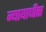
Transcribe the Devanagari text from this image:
न्यायाधीस